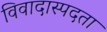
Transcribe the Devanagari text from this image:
विवादास्पदता